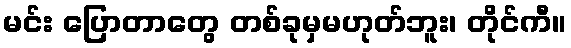
မင်း ပြောတာတွေ တစ်ခုမှမဟုတ်ဘူး၊ တိုင်ကီ။